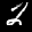
Label: 2